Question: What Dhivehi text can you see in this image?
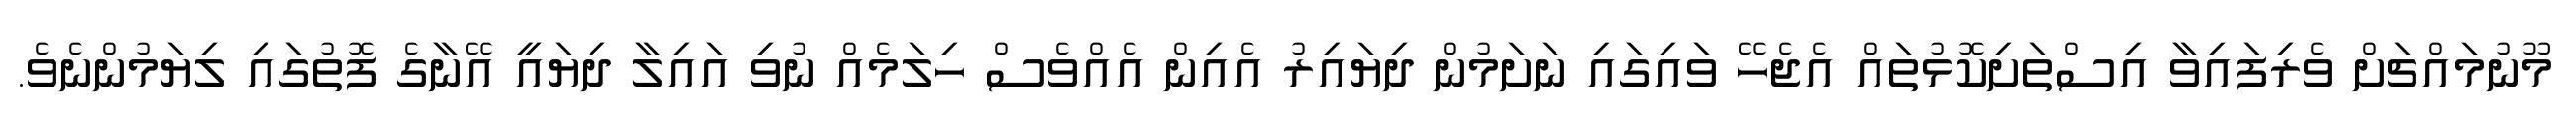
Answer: މޫނުމައްޗަށް ވެރިފައިވާ އިސްތަށިކޮޅުތައް އެޖެހޭ ވައިގައި ނަށަމުން ދިޔައިރު އެއިން އެއްވެސް ހިލަމެއް ނުވި އައިލާ ދިޔައީ އޭނާގެ ފޮތުގައި ލިޔަމުންނެވެ.